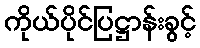
ကိုယ်ပိုင်ပြဋ္ဌာန်းခွင့်